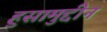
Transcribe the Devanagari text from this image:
हुसामुद्दीन